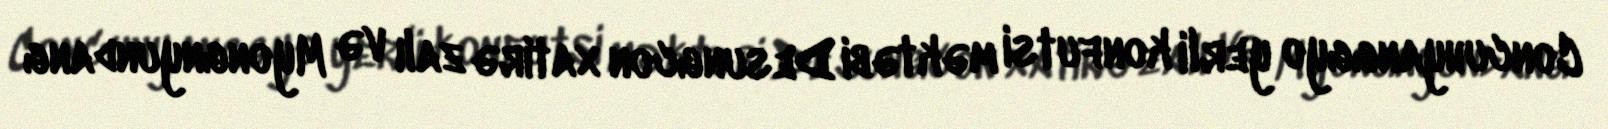
Concuhyanggyo yerli konfutsi məktəbi Desungcon xatirə zalı və Myongnyundang